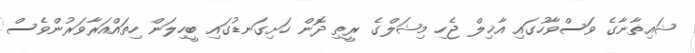
ޝައިޡާނާގެ ވަސްވާހުގައި އާޚިލް ޖެހި މިޝަލްގެ ރީތި ދޮން ހަށިގަނޑުގައި ބީހިލަން ހިތައްއަރާވަރުންވެސް